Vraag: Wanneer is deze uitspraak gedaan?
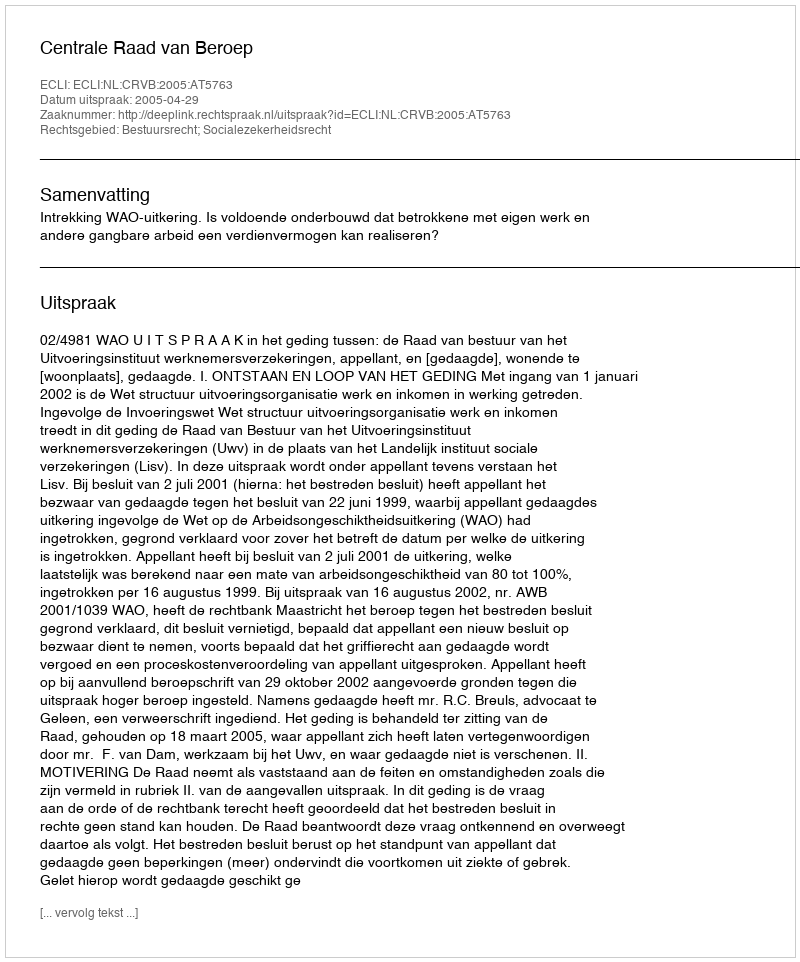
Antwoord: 2005-04-29